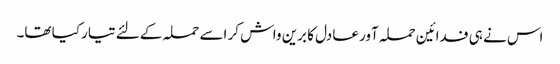
اس نے ہی فدائین حملہ آور عادل کا برین واش کر اسے حملہ کے لئے تیار کیا تھا۔